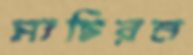
সাচিরন